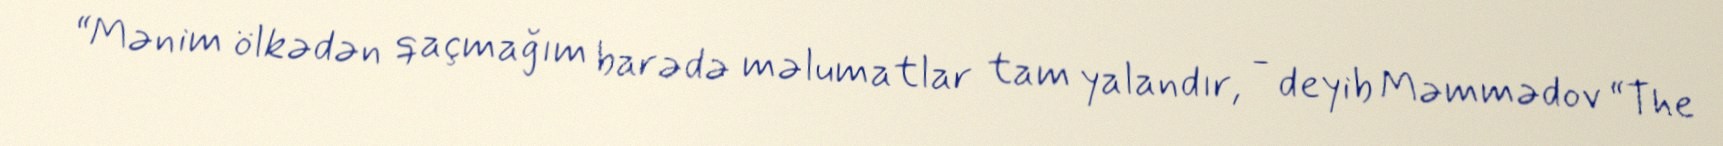
“Mənim ölkədən qaçmağım barədə məlumatlar tam yalandır, - deyib Məmmədov “The